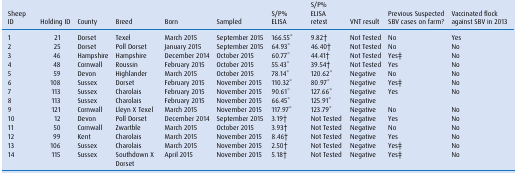
<table><thead><tr><td><b>Sheep ID</b></td><td><b>Holding ID</b></td><td><b>County</b></td><td><b>Breed</b></td><td><b>Born</b></td><td><b>Sampled</b></td><td><b>S/P% ELISA</b></td><td><b>S/P% ELISA retest</b></td><td><b>VNT result</b></td><td><b>Previous Suspected SBV cases on farm?</b></td><td><b>Vaccinated flock against SBV in 2013</b></td></tr></thead><tbody><tr><td>1</td><td>21</td><td>Dorset</td><td>Texel</td><td>March 2015</td><td>September 2015</td><td>166.55*</td><td>9.82†</td><td>Not Tested</td><td>No</td><td>Yes</td></tr><tr><td>2</td><td>25</td><td>Dorset</td><td>Poll Dorset</td><td>January 2015</td><td>September 2015</td><td>64.93*</td><td>46.40†</td><td>Not Tested</td><td>No</td><td>No</td></tr><tr><td>3</td><td>46</td><td>Hampshire</td><td>Hampshire</td><td>December 2014</td><td>October 2015</td><td>60.77*</td><td>44.41†</td><td>Not Tested</td><td>Yes‡</td><td>No</td></tr><tr><td>4</td><td>48</td><td>Cornwall</td><td>Roussin</td><td>February 2015</td><td>October 2015</td><td>55.43*</td><td>39.54†</td><td>Not Tested</td><td>Yes</td><td>No</td></tr><tr><td>5</td><td>59</td><td>Devon</td><td>Highlander</td><td>March 2015</td><td>October 2015</td><td>78.14*</td><td>120.62*</td><td>Negative</td><td>No</td><td>No</td></tr><tr><td>6</td><td>108</td><td>Sussex</td><td>Dorset</td><td>February 2015</td><td>November 2015</td><td>110.32*</td><td>80.97*</td><td>Negative</td><td>Yes‡</td><td>No</td></tr><tr><td>7</td><td>113</td><td>Sussex</td><td>Charolais</td><td>February 2015</td><td>November 2015</td><td>90.61*</td><td>127.66*</td><td>Negative</td><td rowspan="2">Yes</td><td rowspan="2">No</td></tr><tr><td>8</td><td>113</td><td>Sussex</td><td>Charolais</td><td>February 2015</td><td>November 2015</td><td>66.45*</td><td>125.91*</td><td>Negative</td></tr><tr><td>9</td><td>121</td><td>Cornwall</td><td>Lleyn X Texel</td><td>March 2015</td><td>November 2015</td><td>117.97*</td><td>123.79*</td><td>Negative</td><td>No</td><td>No</td></tr><tr><td>10</td><td>12</td><td>Devon</td><td>Poll Dorset</td><td>December 2014</td><td>September 2015</td><td>3.19†</td><td>Not Tested</td><td>Negative</td><td>Yes</td><td>No</td></tr><tr><td>11</td><td>50</td><td>Cornwall</td><td>Zwartble</td><td>March 2015</td><td>October 2015</td><td>3.93†</td><td>Not Tested</td><td>Negative</td><td>No</td><td>No</td></tr><tr><td>12</td><td>99</td><td>Kent</td><td>Charolais</td><td>March 2015</td><td>November 2015</td><td>8.46†</td><td>Not Tested</td><td>Negative</td><td>Yes</td><td>No</td></tr><tr><td>13</td><td>106</td><td>Sussex</td><td>Charolais</td><td>March 2015</td><td>November 2015</td><td>2.50†</td><td>Not Tested</td><td>Negative</td><td>Yes‡</td><td>No</td></tr><tr><td>14</td><td>115</td><td>Sussex</td><td>Southdown X Dorset</td><td>April 2015</td><td>November 2015</td><td>5.18†</td><td>Not Tested</td><td>Negative</td><td>Yes‡</td><td>No</td></tr></tbody></table>